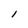
Character: l